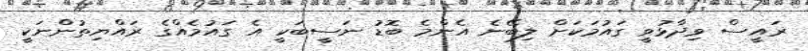
ރައީސް ވިދާޅުވީ ގައުމަކަށް ލިބޭނެ އެންމެ ބޮޑު ނަސީބަކީ އެ ގައުމެއްގެ ރައްޔިތުންނަކީ